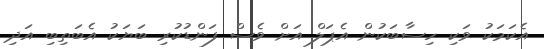
އެކަމަކު ވަކި ހިސާބަކުން އެޕަލް އަށް ވެސް ފަންޑުކުރި ބަޔަކު އެބަތިބި އަދި